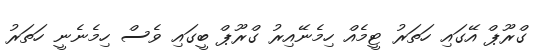
ގްރޫޕް އޭގައި ހަތަރު ޓީމެއް ހިމެނޭއިރު ގްރޫޕް ބީގައި ވެސް ހިމެނެނީ ހަތަރު